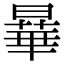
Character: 曅